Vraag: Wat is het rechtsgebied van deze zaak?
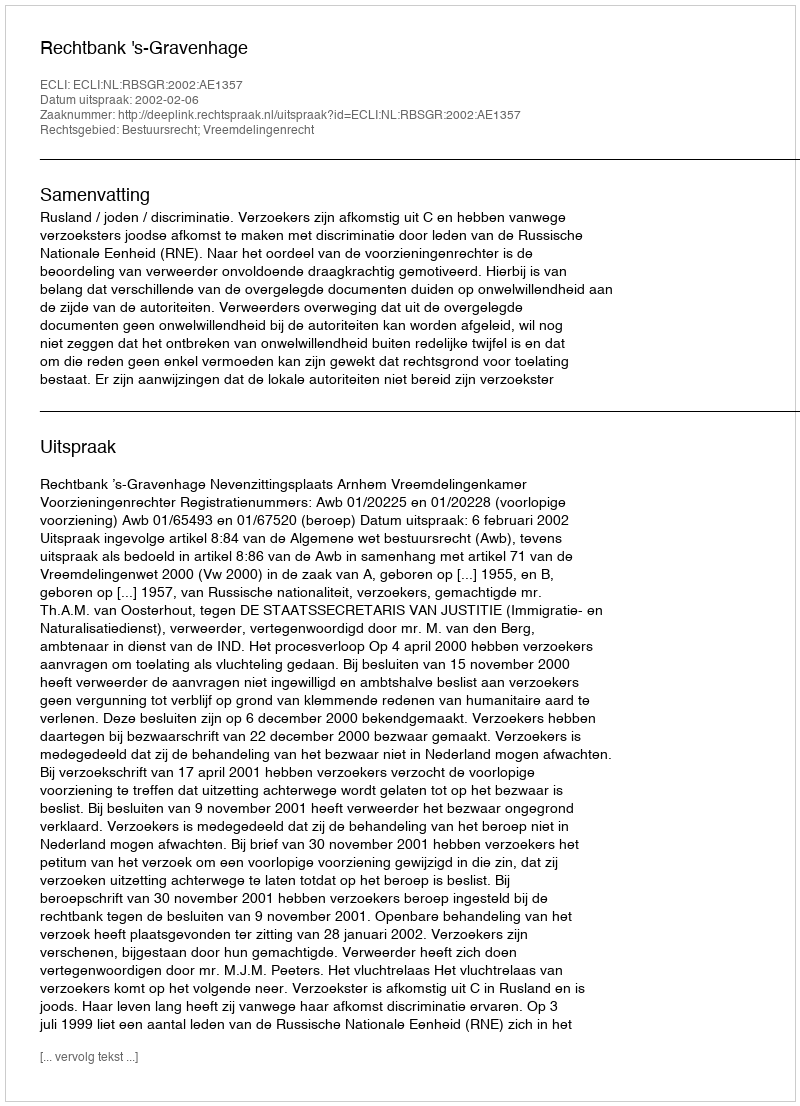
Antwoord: Bestuursrecht; Vreemdelingenrecht